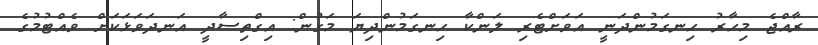
ރާއްޖެ މިހާރު ހިނގަމުންދަނީ އަވަށްޓެރި ލަންކާ ހިނގަމުންދިޔަ މަގުން: އިގްތިސާދީ އަނދަވަޅަކަށް ވެއްޓުމުގެ